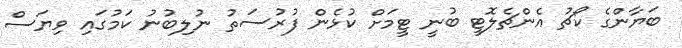
ބަޔާންގެ ކޯޗު އެންޗެލޮޓީ ބުނީ ޓީމަށް ކުޅެން ފުރުސަތު ނުލިބުނު ކަމުގައި ވިޔަސް